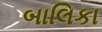
બાલિકા